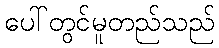
ပေါ်တွင်မူတည်သည်